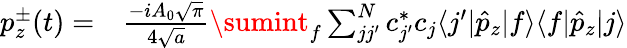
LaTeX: \begin{array}{rl}{p_{z}^{\pm}(t)=}&{{}\frac{-iA_{0}\sqrt{\pi}}{4\sqrt{a}}\sumint_{f}\sum_{jj^{\prime}}^{N}c_{j^{\prime}}^{*}c_{j}\langle j^{\prime}|\hat{p}_{z}|f\rangle\langle f|\hat{p}_{z}|j\rangle}\end{array}